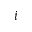
i